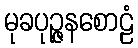
မုခပုဉ္ဇနစောဠံ